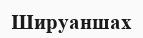
Шируаншах